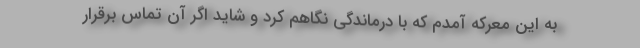
به این معرکه آمدم که با درماندگی نگاهم کرد و شاید اگر آن تماس برقرار